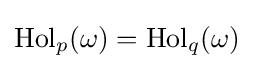
\operatorname {Hol} _{p}(\omega )=\operatorname {Hol} _{q}(\omega )